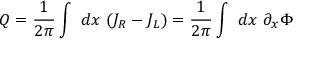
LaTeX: Q = { \frac { 1 } { 2 \pi } } \int ~ d x ~ ( J _ { R } - J _ { L } ) = { \frac { 1 } { 2 \pi } } \int ~ d x ~ \partial _ { x } \Phi